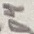
Text: D4